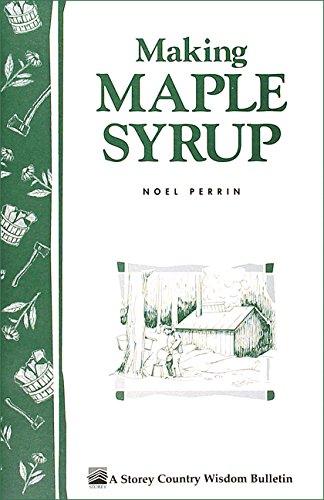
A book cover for Making Maple Syrup: Storey's Country Wisdom Bulletin A-51; Noel Perrin; Cookbooks, Food & Wine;